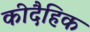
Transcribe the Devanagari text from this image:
कीदैहिक